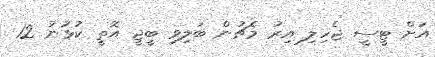
އަށް ޓީސީ ޖެހިލި އިރު މެޗުން ބަލިވި ބީޖީ އޮތީ ކުޅުނު 12